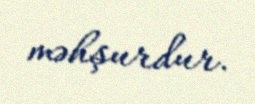
məhşurdur.